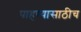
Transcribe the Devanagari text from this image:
पाहण्यासाठीच